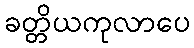
ခတ္တိယကုလာပေ